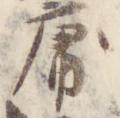
庸